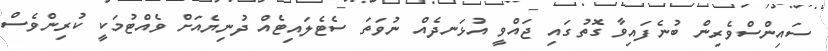
ސައިންސްވެރިން ބުނެފައިވާ ގޮތުގައި ޖައްވީ އުޅަނދެއް ނުވަތަ ސެޓެލައިޓެއް ދުނިޔެއަށް ވެއްޓުމަކީ ކުރިންވެސް